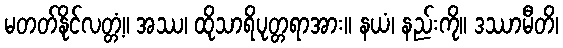
မတတ်နိုင်လတ္တံ့။ အဿ၊ ထိုသာရိပုတ္တရာအား။ နယံ၊ နည်းကို။ ဒဿာမီတိ၊